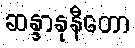
ဆန္ဒာနုနီတော